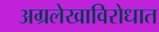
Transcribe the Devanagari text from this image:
अग्रलेखाविरोधात